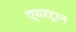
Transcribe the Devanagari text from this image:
एयरट्रान